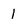
Character: l